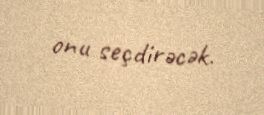
onu seçdirəcək.